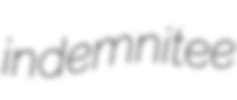
indemnitee